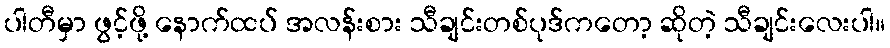
ပါတီမှာ ဖွင့်ဖို့ နောက်ထပ် အလန်းစား သီချင်းတစ်ပုဒ်ကတော့ ဆိုတဲ့ သီချင်းလေးပါ။